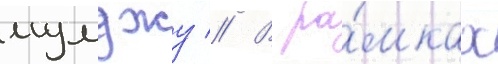
мумджу // В ра́мках